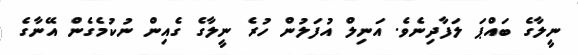
ނީލާގެ ބައްޕަ ލަފާދިނެވެ. އަނިލް އުފަލުން ހުރެ ނީލާގެ ގެއިން ނުކުމެގެން އޭނާގެ